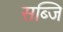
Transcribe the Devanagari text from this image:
सब्जि